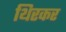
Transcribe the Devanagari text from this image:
थिरकर